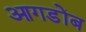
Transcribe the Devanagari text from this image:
आगडोंब